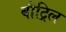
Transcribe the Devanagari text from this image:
बौट्रिल